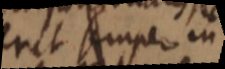
erit semper in